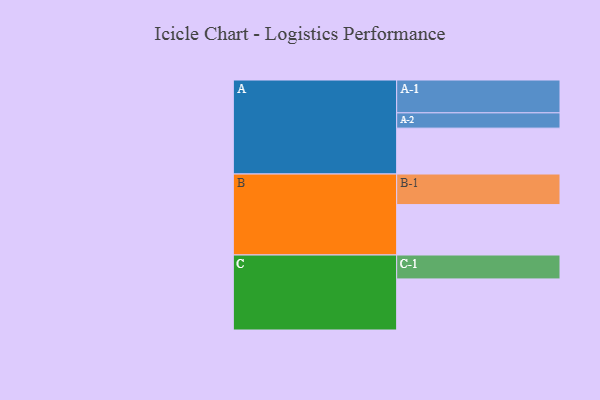
{"axis": {"x": "Segment", "y": "Value"}, "legend": ["", "A", "B", "C"], "data": [{"x": "A", "y": 345, "type": ""}, {"x": "B", "y": 379, "type": ""}, {"x": "C", "y": 384, "type": ""}, {"x": "A-1", "y": 247, "type": "A"}, {"x": "A-2", "y": 115, "type": "A"}, {"x": "B-1", "y": 230, "type": "B"}, {"x": "C-1", "y": 180, "type": "C"}]}